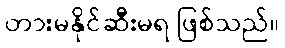
တားမနိုင်ဆီးမရ ဖြစ်သည်။